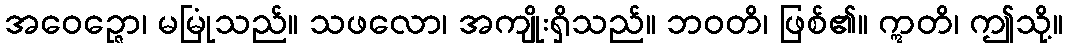
အဝေဉ္ဇော၊ မမြုံသည်။ သဖလော၊ အကျိုးရှိသည်။ ဘဝတိ၊ ဖြစ်၏။ ဣတိ၊ ဤသို့။